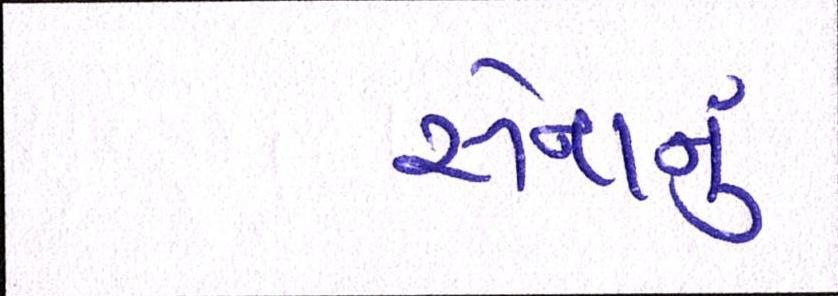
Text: સેનાનું